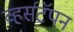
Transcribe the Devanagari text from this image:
व्हर्सटॅपन